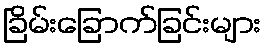
ခြိမ်းခြောက်ခြင်းများ